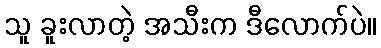
သူ ခူးလာတဲ့ အသီးက ဒီလောက်ပဲ။